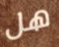
هل